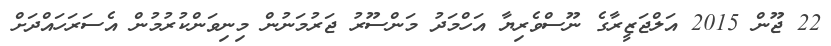
22 ޖޫން 2015 އަލްޖަޒީރާގެ ނޫސްވެރިޔާ އަހްމަދު މަންސޫރު ޖަރުމަނުން މިނިވަންކުރުމުން އެސަރަހައްދަށް